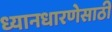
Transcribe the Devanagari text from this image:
ध्यानधारणेसाठी